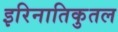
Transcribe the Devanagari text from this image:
इरिनातिकुतल